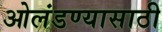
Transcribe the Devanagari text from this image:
ओलंडण्यासाठी